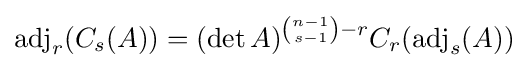
\operatorname {adj} _{r}(C_{s}(A))=(\det A)^{{\binom {n-1}{s-1}}-r}C_{r}(\operatorname {adj} _{s}(A))